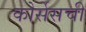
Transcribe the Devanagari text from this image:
कोर्सेसची